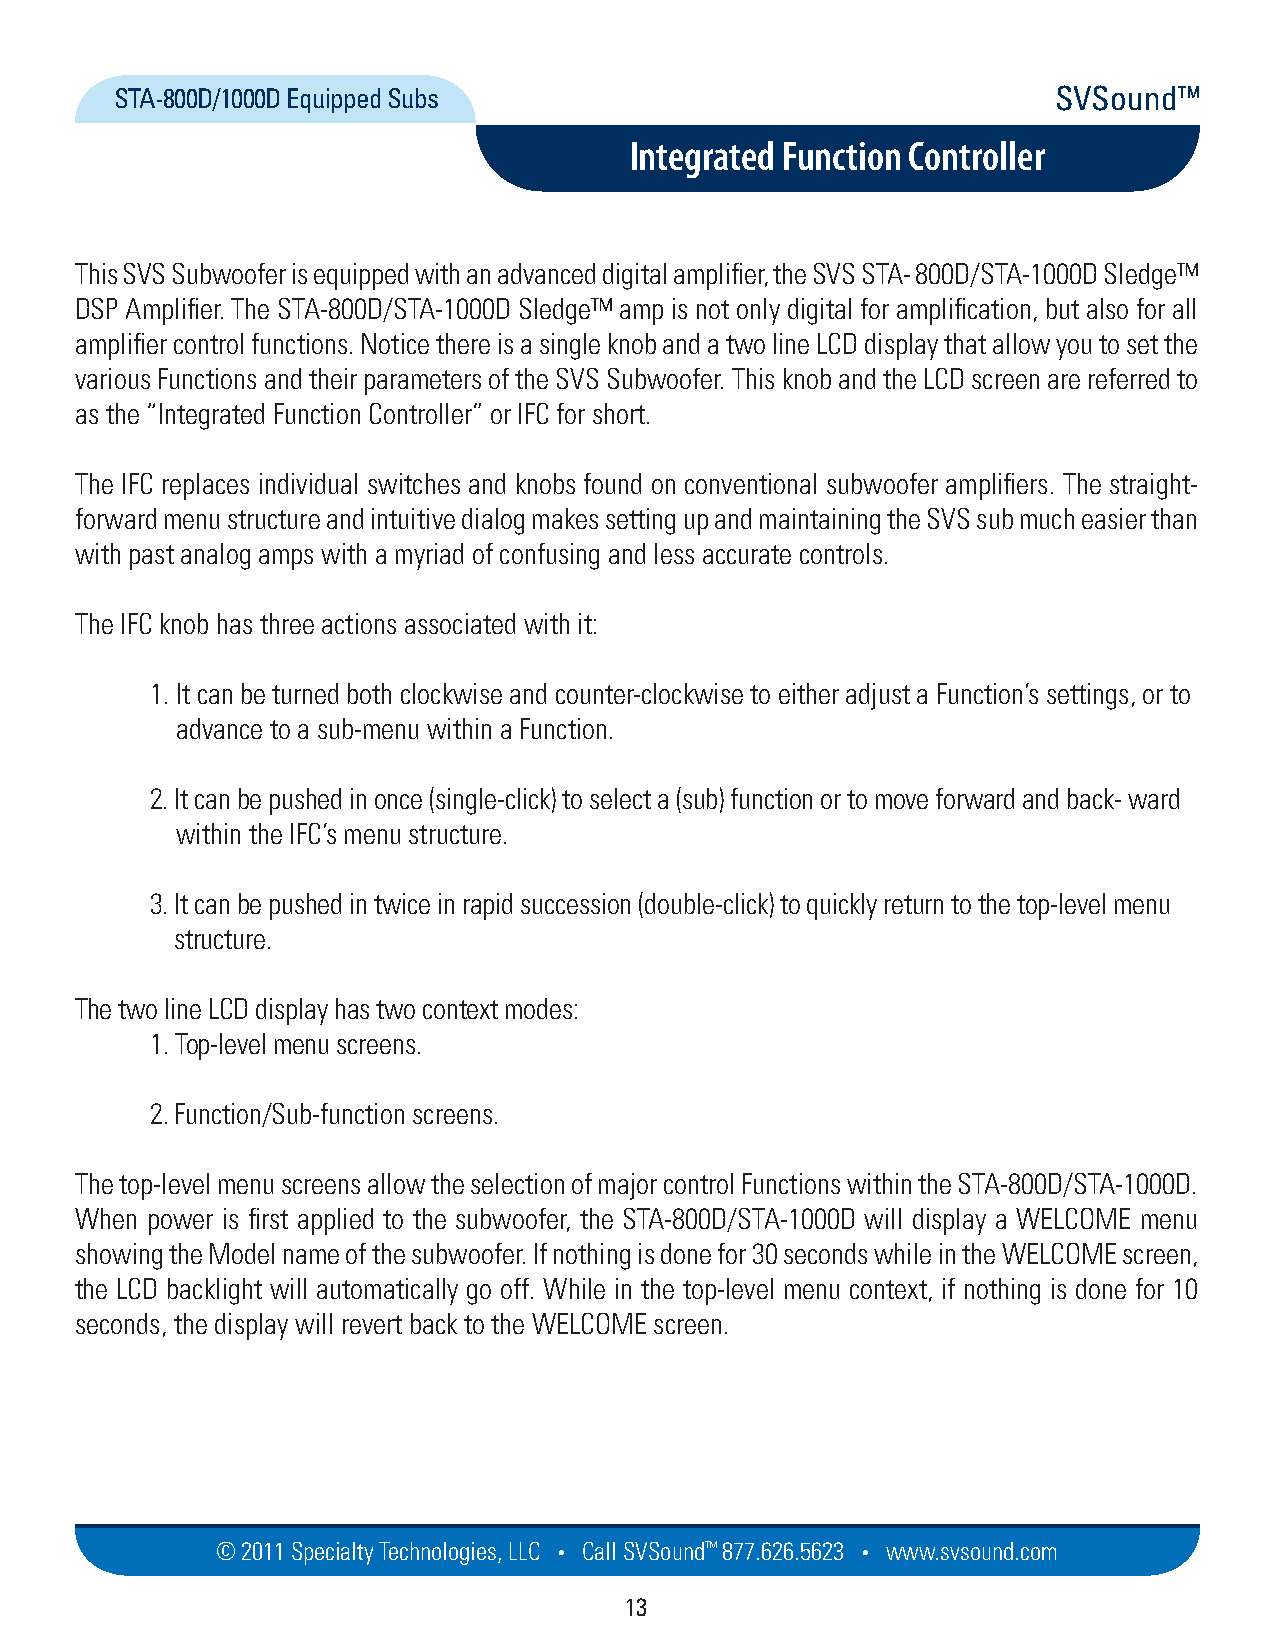
STA-800D/1000D Equipped Subs                                  SVSound™
 Integrated Function Controller
 This SVS Subwoofer is equipped with an advanced digital amplifier, the SVS STA- 800D/STA-1000D Sledge™
 DSP Amplifier. The STA-800D/STA-1000D Sledge™ amp is not only digital for amplification, but also for all
 amplifier control functions. Notice there is a single knob and a two line LCD display that allow you to set the
 various Functions and their parameters of the SVS Subwoofer. This knob and the LCD screen are referred to
 as the “Integrated Function Controller” or IFC for short.
 The IFC replaces individual switches and knobs found on conventional subwoofer amplifiers. The straight-
 forward menu structure and intuitive dialog makes setting up and maintaining the SVS sub much easier than
 with past analog amps with a myriad of confusing and less accurate controls.
 The IFC knob has three actions associated with it:
 1. It can be turned both clockwise and counter-clockwise to either adjust a Function’s settings, or to
 advance to a sub-menu within a Function.
 2. It can be pushed in once (single-click) to select a (sub) function or to move forward and back- ward
 within the IFC’s menu structure.
 3. It can be pushed in twice in rapid succession (double-click) to quickly return to the top-level menu
 structure.
 The two line LCD display has two context modes:
 1. Top-level menu screens.
 2. Function/Sub-function screens.
 The top-level menu screens allow the selection of major control Functions within the STA-800D/STA-1000D.
 When power is first applied to the subwoofer, the STA-800D/STA-1000D will display a WELCOME menu
 showing the Model name of the subwoofer. If nothing is done for 30 seconds while in the WELCOME screen,
 the LCD backlight will automatically go off. While in the top-level menu context, if nothing is done for 10
 seconds, the display will revert back to the WELCOME screen.
 © 2011 Specialty Techno logies, LLC • Call SVSound™ 877.626.5623 • www.svs ou nd.com
 13